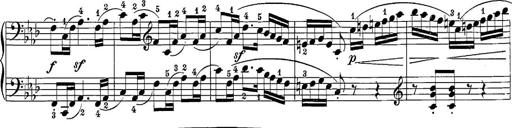
Title: 12 Sonatine per Pianoforte
Composer: Friedrich Kuhlau